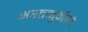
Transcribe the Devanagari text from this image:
भरतमुनीचे